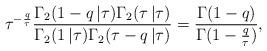
LaTeX: \begin{align*}\tau^{-\frac{q}{\tau}} \frac{\Gamma_2(1-q\,|\tau)\Gamma_2(\tau\,|\tau)}{\Gamma_2(1\,|\tau)\Gamma_2(\tau-q\,|\tau)} = \frac{\Gamma(1-q)}{\Gamma(1-\frac{q}{\tau})},\end{align*}